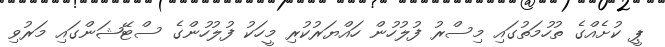
ޕީ ކުށެއްގެ ތުހުމަތުގައި މިސްރު ފުލުހުން ހައްޔަރުކުރި މީހަކު ފުލުހުންގެ ސްޓޭޝަންގައި މަރުވި